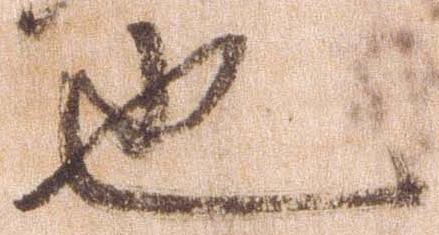
也